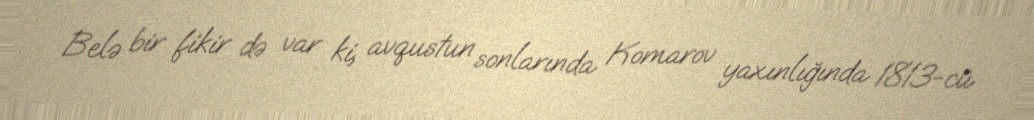
Belə bir fikir də var ki, avqustun sonlarında Komarov yaxınlığında 1813-cü